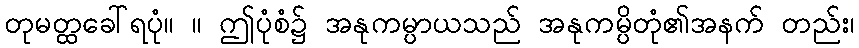
တုမတ္ထခေါ်ရပုံ။ ။ ဤပုံစံ၌ အနုကမ္ပာယသည် အနုကမ္ပိတုံ၏အနက် တည်း၊